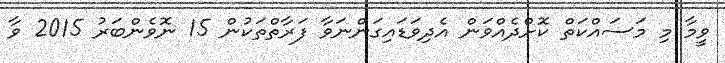
ވީމާ މި މަސައްކަތް ކޮށްދެއްވަން އެދިވަޑައިގަންނަވާ ފަރާތްތަކުން 15 ނޮވެންބަރު 2015 ވާ